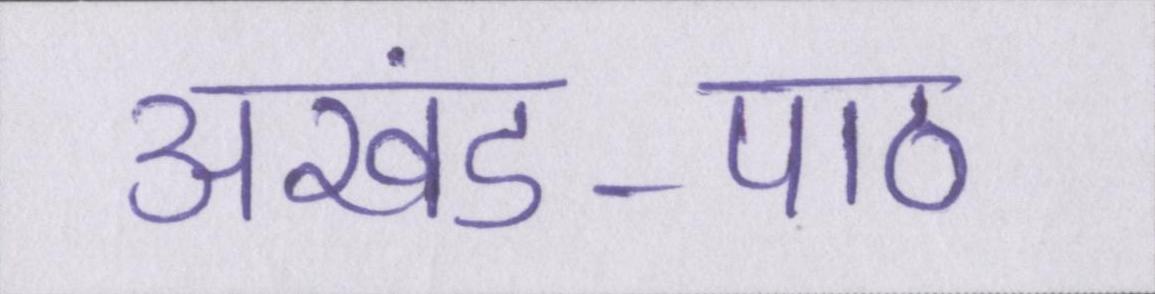
अखंड-पाठ